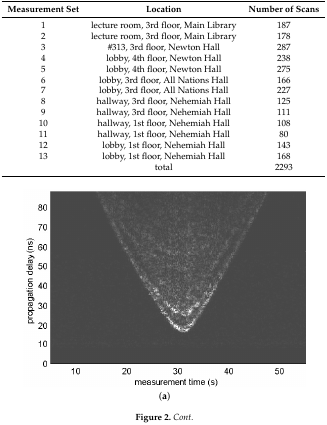
<table><thead><tr><td><b>Measurement Set</b></td><td><b>Location</b></td><td><b>Number of Scans</b></td></tr></thead><tbody><tr><td>1</td><td>lecture room, 3rd floor, Main Library</td><td>187</td></tr><tr><td>2</td><td>lecture room, 3rd floor, Main Library</td><td>178</td></tr><tr><td>3</td><td>#313, 3rd floor, Newton Hall</td><td>287</td></tr><tr><td>4</td><td>lobby, 4th floor, Newton Hall</td><td>238</td></tr><tr><td>5</td><td>lobby, 4th floor, Newton Hall</td><td>275</td></tr><tr><td>6</td><td>lobby, 3rd floor, All Nations Hall</td><td>166</td></tr><tr><td>7</td><td>lobby, 3rd floor, All Nations Hall</td><td>227</td></tr><tr><td>8</td><td>hallway, 3rd floor, Nehemiah Hall</td><td>125</td></tr><tr><td>9</td><td>hallway, 3rd floor, Nehemiah Hall</td><td>111</td></tr><tr><td>10</td><td>hallway, 1st floor, Nehemiah Hall</td><td>108</td></tr><tr><td>11</td><td>hallway, 1st floor, Nehemiah Hall</td><td>80</td></tr><tr><td>12</td><td>lobby, 1st floor, Nehemiah Hall</td><td>143</td></tr><tr><td>13</td><td>lobby, 1st floor, Nehemiah Hall</td><td>168</td></tr><tr><td></td><td>total</td><td>2293</td></tr></tbody></table>